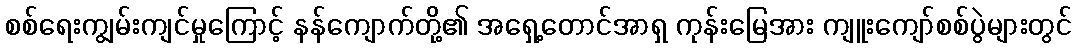
စစ်ရေးကျွမ်းကျင်မှုကြောင့် နန်ကျောက်တို့၏ အရှေ့တောင်အာရှ ကုန်းမြေအား ကျူးကျော်စစ်ပွဲများတွင်